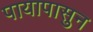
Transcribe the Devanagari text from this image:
पायापासुन